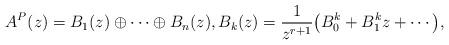
LaTeX: \begin{gather*}A^P(z)=B_1(z) \oplus \cdots \oplus B_n(z),B_k(z)=\frac{1}{z^{r+1}}\big( B^k_0+B^k_1z+\cdots \big),\end{gather*}